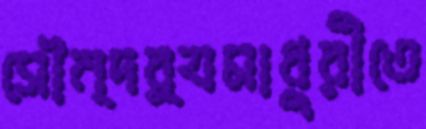
সৌন্দর্যমাধুরীতে